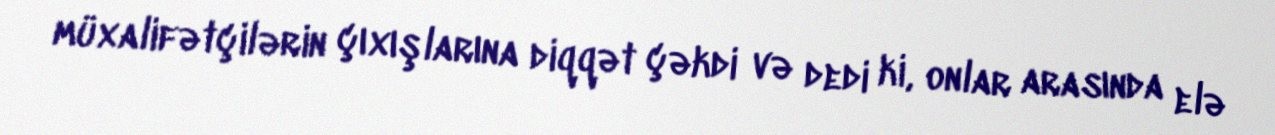
müxalifətçilərin çıxışlarına diqqət çəkdi və dedi ki, onlar arasında elə